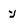
Character: y